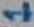
Text: 1